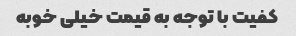
کفیت با توجه به قیمت خیلی خوبه